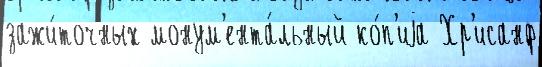
зажи́точных монум'ента́льный ко́п'иjа Хр'исанф